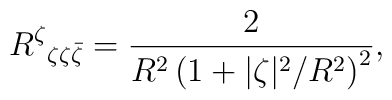
R^\zeta{}_{\zeta\zeta \bar\zeta} = \frac{2}{R^2 \left(1 + {|\zeta|^2}/{R^2}\right)^2},